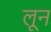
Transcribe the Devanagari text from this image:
लून